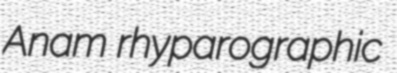
Anam rhyparographic